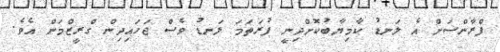
ފްރާންސަށް އެ ލަނޑު ކާމިޔާބުކޮށްދިނީ ފުރަތަމަ ލަނޑު ވެސް ޖަހައިދިން ގްރީޒްމަން އެވެ.